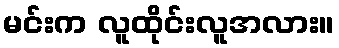
မင်းက လူထိုင်းလူအလား။